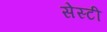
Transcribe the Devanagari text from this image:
सेस्टी